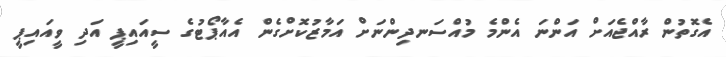
އެގޮތުން ރާއްޖެއަށް އަންނަ އެންމެ މުއްސަނދިންނަށް އަމާޒުކޮށްގެން އެއާޕޯޓުގެ ސީއައިޕީ އަދި ވީއައިޕީ